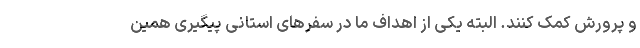
و پرورش کمک کنند. البته یکی از اهداف ما در سفرهای استانی پیگیری همین